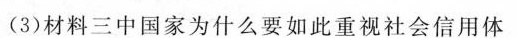
(3)材料三中国家为什么要如此重视社会信用体